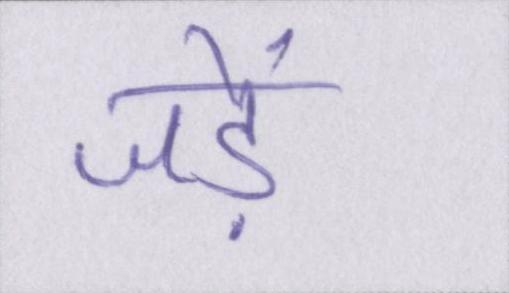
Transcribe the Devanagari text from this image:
जड़ें